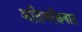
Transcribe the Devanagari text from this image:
अतिव्यक्तिवाद